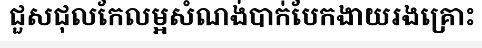
ជួសជុលកែលម្អសំណង់បាក់បែកងាយរងគ្រោះ